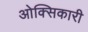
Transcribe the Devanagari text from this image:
ओक्सिकारी